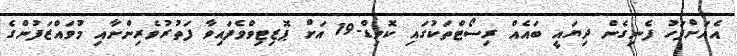
އެއަށްފަހު ފެނިގެން ދިޔައީ ބައެއް ރިސޯޓްތަކުގައި ކޮވިޑް-19 އަށް ޕޮޒިޓިވްވެފައިވާ ފަތުރުވެރިންނާއި މުވައްޒަފުންގެ